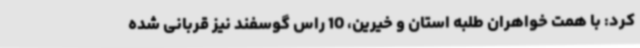
کرد: با همت خواهران طلبه استان و خیرین، 10 راس گوسفند نیز قربانی شده